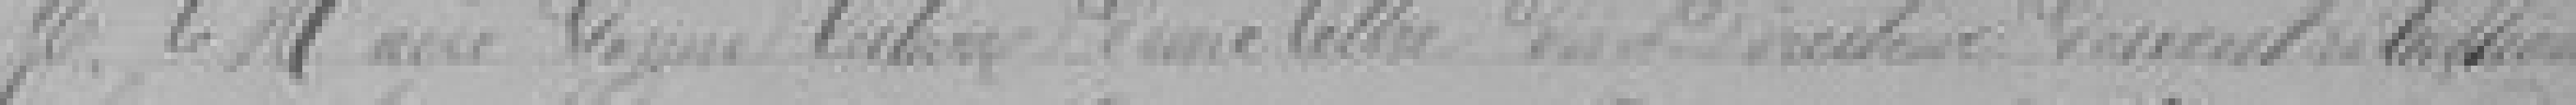
Monsieur le Maire donne lecture d'une lettre du Directeur ........